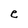
Character: e